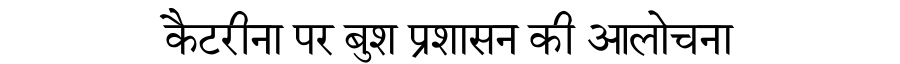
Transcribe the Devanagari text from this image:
कैटरीना पर बुश प्रशासन की आलोचना